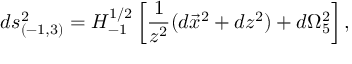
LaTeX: d s _ { ( - 1 , 3 ) } ^ { 2 } = H _ { - 1 } ^ { 1 / 2 } \left[ { \frac { 1 } { z ^ { 2 } } } ( d \vec { x } ^ { 2 } + d z ^ { 2 } ) + d \Omega _ { 5 } ^ { 2 } \right] ,